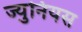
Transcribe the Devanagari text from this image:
ज्युनियस